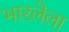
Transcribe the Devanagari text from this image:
भारलेला